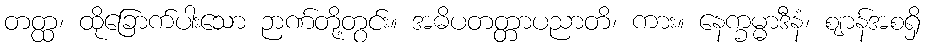
တတ္ထ၊ ထိုခြောက်ပါးသော ဉာဏ်တို့တွင်း။ အဓိပတတ္တာပညာတိ၊ ကား။ နေက္ခမ္မာဒီနံ၊ ဈာန်အစရှိ